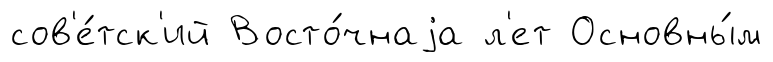
сов'е́тск'ий Восто́чнаjа л'ет Основны́м